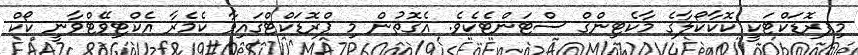
މިޕރޮޑަކްޓަކީ ކޮކާކޯލާގެ މާކެޓިންގް ސްޓަންޓެކެވެ. އެގޮތުން މި ޕްރޮޑަކްޓްގައިވާ ކެމެރާ އެކްޓިވޭޓްވާނީ ކޯކް